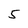
Character: 5